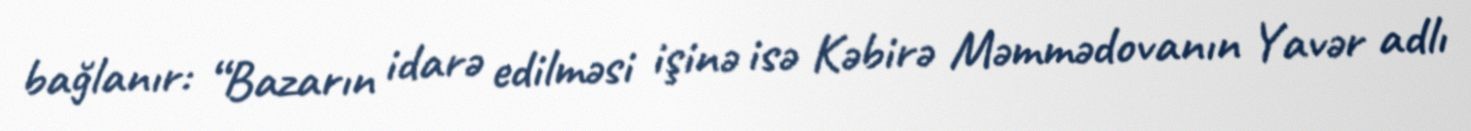
bağlanır: “Bazarın idarə edilməsi işinə isə Kəbirə Məmmədovanın Yavər adlı